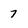
Character: 7